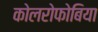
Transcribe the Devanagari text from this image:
कोलरोफोबिया